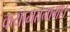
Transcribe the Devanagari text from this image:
कयामतनामा।